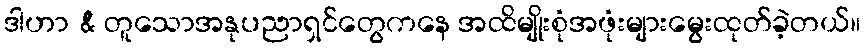
ဒါဟာ & တူသောအနုပညာရှင်တွေကနေ အထိမျိုးစုံအဖုံးများမွေးထုတ်ခဲ့တယ်။